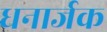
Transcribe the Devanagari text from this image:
धनार्जक